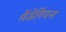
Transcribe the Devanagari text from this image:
मैंडेरियन